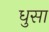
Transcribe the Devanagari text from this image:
धुसा